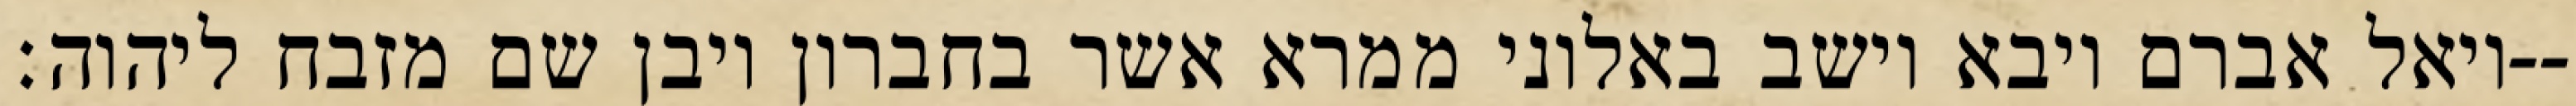
ויאל אברם ויבא וישב באלוני ממרא אשר בחברון ויבן שם מזבח ליהוה׃--